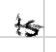
Text: is
Cross-out: single-line
Writing tool: digital_black